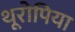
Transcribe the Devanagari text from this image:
थूरोपिया